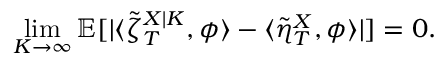
\operatorname* { l i m } _ { K \to \infty } \mathbb { E } [ | \langle \tilde { \zeta } _ { T } ^ { X | K } , \phi \rangle - \langle \tilde { \eta } _ { T } ^ { X } , \phi \rangle | ] = 0 .